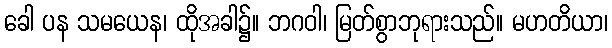
ခေါ ပန သမယေန၊ ထိုအခါ၌။ ဘဂဝါ၊ မြတ်စွာဘုရားသည်။ မဟတိယာ၊